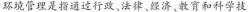
环境管理是指通过行政、法律、经济，教育和科学技